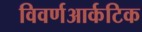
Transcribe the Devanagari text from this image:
विवर्णआर्कटिक